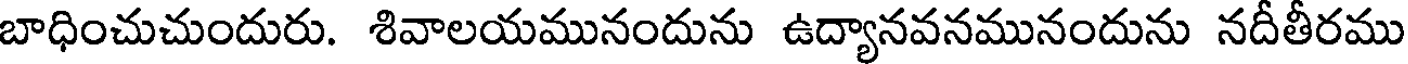
బాధించుచుందురు. శివాలయమునందును ఉద్యానవనమునందును నదీతీరము